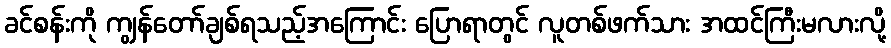
ခင်စန်းကို ကျွန်တော်ချစ်ရသည့်အကြောင်း ပြောရာတွင် လူတစ်ဖက်သား အထင်ကြီးမလားလို့